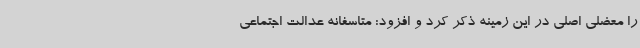
را معضلی اصلی در این زمینه ذکر کرد و افزود: متاسفانه عدالت اجتماعی